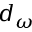
d _ { \omega }